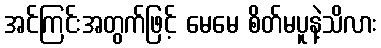
အင်ကြင်းအတွက်ဖြင့် မေမေ စိတ်မပူနဲ့သိလား